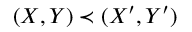
( X , Y ) \prec ( X ^ { \prime } , Y ^ { \prime } )